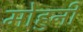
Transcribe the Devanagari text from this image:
मोहुनी